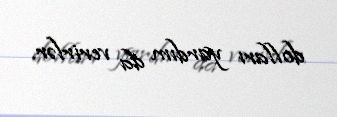
dolları yardım da verirlər.